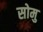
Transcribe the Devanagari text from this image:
सोमु